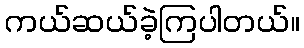
ကယ်ဆယ်ခဲ့ကြပါတယ်။